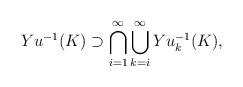
LaTeX: \begin{align*} Yu^{-1}(K) \supset \bigcap_{i=1}^\infty\bigcup_{k=i}^\infty Yu^{-1}_k(K), \end{align*}